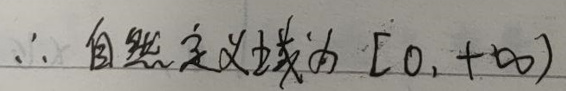
\(\therefore\) 自然定义域为 \([0, +\infty)\)